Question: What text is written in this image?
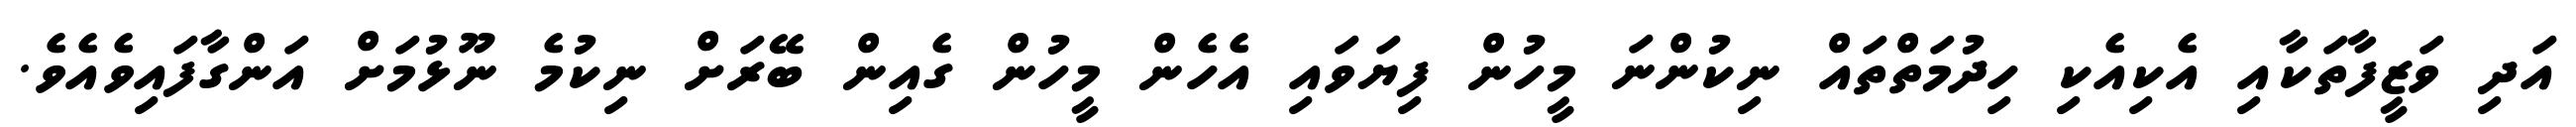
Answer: އަދި ވަޒީފާތަކާއި އެކިއެކި ހިދުމަތްތައް ނިކުންނަ މީހުން ފިޔަވައި އެހެން މީހުން ގެއިން ބޭރަށް ނިކުމެ ނޫޅުމަށް އަންގާފައިވެއެވެ.